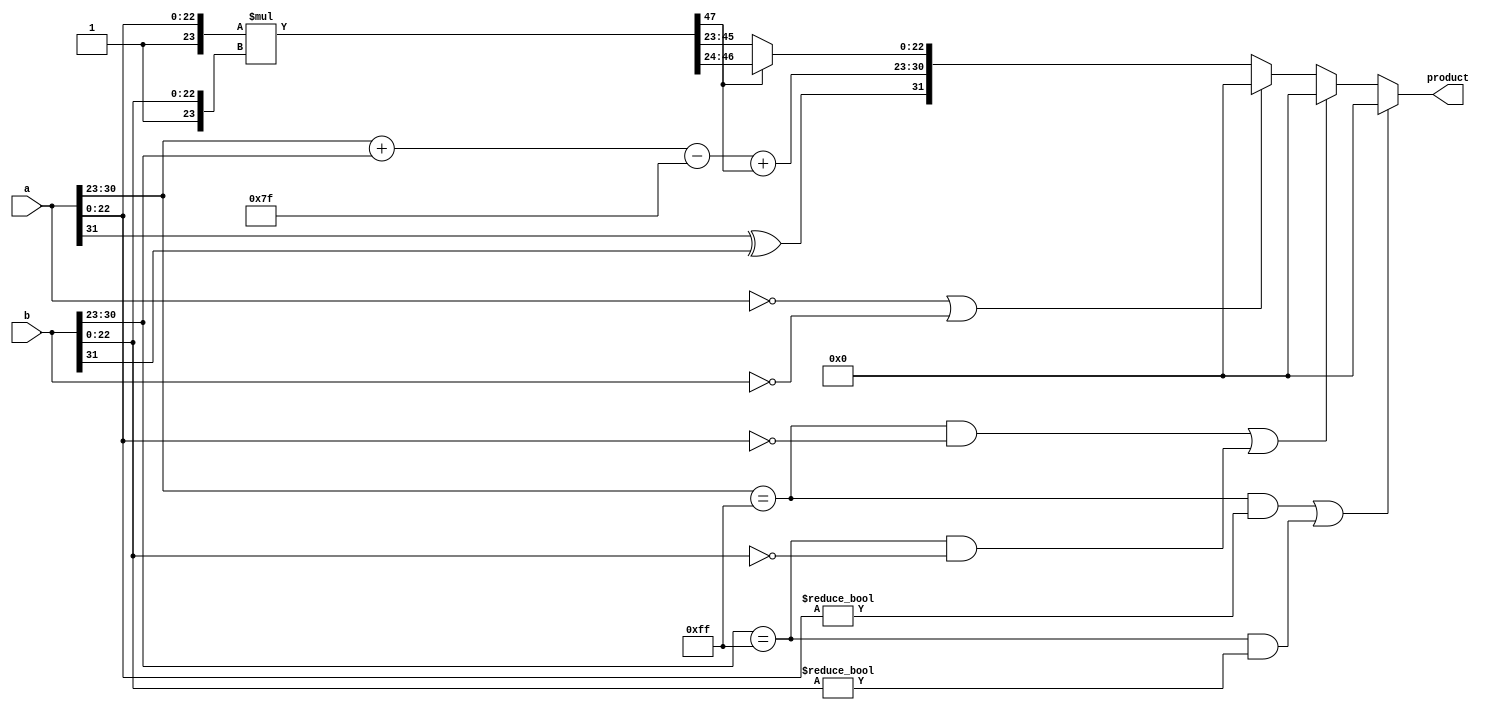

module floatMultiplier(a, b, product);
        input [31:0] a, b;
        output reg [31:0] product;

        reg [47:0] tmpMant;
        reg [23:0] aMant,bMant;
        reg [22:0] resMant;
        reg [7:0] aExp, bExp, tmpExp, resExp;
        reg aSign,bSign, resSign;

        always @(a, b) begin
                // check for NaN
                if ((a[30:23] == 8'hFF && a[22:0] != 0) || (b[30:23] == 8'hFF && b[22:0] != 0)) begin
                        product = 32'b0;
                        $display("ERROR: NaN detected");
                end
                // check for Infinity
                else if ((a[30:23] == 8'hFF && a[22:0] == 0) || (b[30:23] == 8'hFF && b[22:0] == 0)) begin
                        product = 32'b0;
                        $display("ERROR: Infinity detected");
                end
                // check zero
                else if (a == 32'b0 || b == 32'b0) begin
                        product = 32'b0;
                end
                else begin
                        aSign = a[31];
                        aExp = a[30:23];
                        aMant = {1'b1, a[22:0]};

                        bSign = b[31];
                        bExp = b[30:23];
                        bMant = {1'b1, b[22:0]};

                        tmpMant = aMant * bMant;
                        resMant = tmpMant[47] ? tmpMant[46:24] : tmpMant[45:23];
                        tmpExp = aExp + bExp - 127;
                        resExp = tmpExp + tmpMant[47];
                        product = {aSign ^ bSign, resExp, resMant};
                end
        end
endmodule